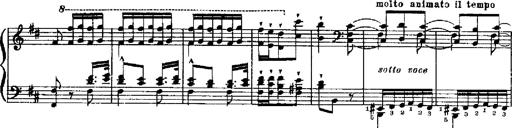
Title: RÃ©miniscences de Robert le diable
Composer: Franz Liszt